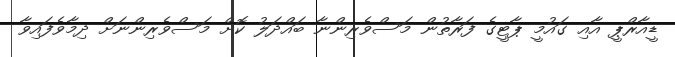
ޑީއާރްޕީ އާއި ގައުމީ ޕާޓީގެ ފަރާތުން މަސްވެރިންނާ ބައްދަލު ކޮށް މަސްވެރިންނަށް ދިމާވެފައިވާ